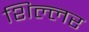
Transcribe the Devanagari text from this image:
शिल्लर